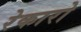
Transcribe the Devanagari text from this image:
रेकारो